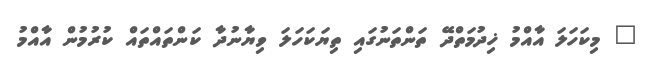
" މިކަހަލަ އާއްމު ޚިދުމަތްދޭ ތަންތަނުގައި ތިޔަކަހަލަ ވިޔާނުދާ ކަންތައްތައް ކުރުމުން އާއްމު